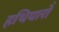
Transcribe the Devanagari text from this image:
हथियारो॑